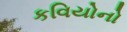
કવિયોનો